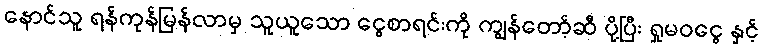
နောင်သူ ရန်ကုန်မြန်လာမှ သူယူသော ငွေစာရင်းကို ကျွန်တော့်ဆီ ပို့ပြီး ရှုမဝငွေ နှင့်